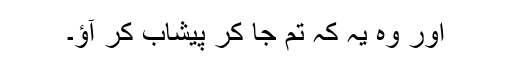
اور وہ یہ کہ تم جا کر پیشاب کر آؤ۔